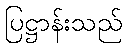
ပြဋ္ဌာန်းသည်